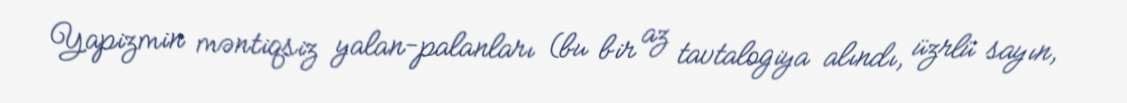
Yapizmin məntiqsiz yalan-palanları (bu bir az tavtalogiya alındı, üzrlü sayın,